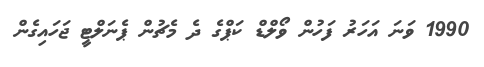
1990 ވަނަ އަހަރު ފަހުން ވޯލްޑް ކަޕްގެ ދެ މެޗުން ޕެނަލްޓީ ޖަހައިގެން